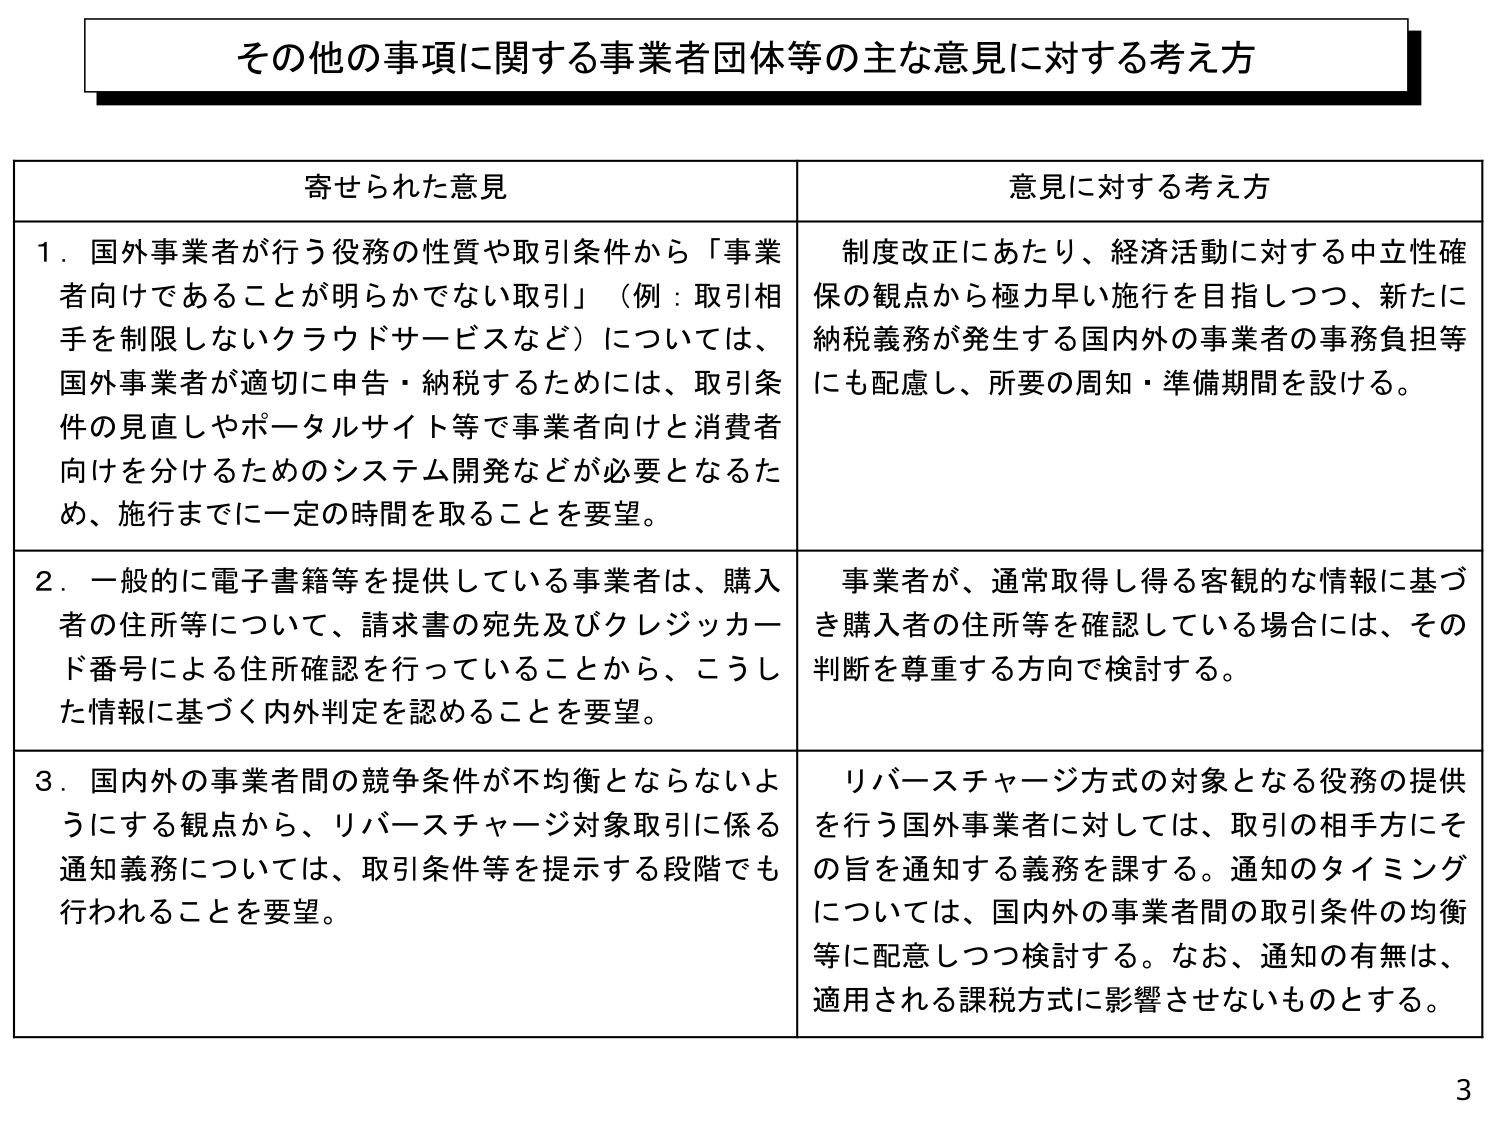
その他の事項に関する事業者団体等の主な意見に対する考え方

寄せられた意見

1．国外事業者が行う役務の性質や取引条件から「事業者向けであることが明らかでない取引」（例：取引相手を制限しないクラウドサービスなど）については、国外事業者が適切に申告・納税するためには、取引条件の見直しやポータルサイト等で事業者向けと消費者向けを分けるためのシステム開発などが必要となるため、施行までに一定の時間を取ることを要望。

2．一般的に電子書籍等を提供している事業者は、購入者の住所等について、請求書の宛先及びクレジットカード番号による住所確認を行っていることから、こうした情報に基づく内外判定を認めることを要望。

3．国内外の事業者間の競争条件が不均衡とならないようにする観点から、リバースチャージ対象取引に係る通知義務については、取引条件等を提示する段階でも行われることを要望。

意見に対する考え方

制度改正にあたり、経済活動に対する中立性確保の観点から極力早い施行を目指しつつ、新たに納税義務が発生する国内外の事業者の事務負担等にも配慮し、所要の周知・準備期間を設ける。

事業者が、通常取得し得る客観的な情報に基づき購入者の住所等を確認している場合には、その判断を尊重する方向で検討する。

リバースチャージ方式の対象となる役務の提供を行う国外事業者に対しては、取引の相手方にその旨を通知する義務を課する。通知のタイミングについては、国内外の事業者間の取引条件の均衡等に配意しつつ検討する。なお、通知の有無は、適用される課税方式に影響させないものとする。

3